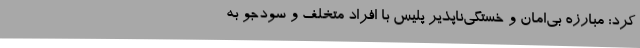
کرد: مبارزه بی‌امان و خستگی‌ناپذیر پلیس با افراد متخلف و سودجو به